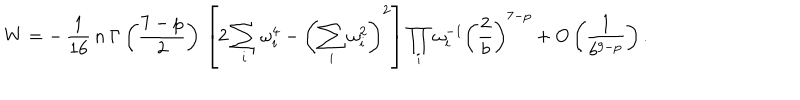
W = - \, \frac { 1 } { 1 6 } \, n \: \Gamma \left( \frac { 7 - p } { 2 } \right) \, \left[ 2 \sum _ { i } \omega _ { i } ^ { 4 } - \left( \sum _ { i } \omega _ { i } ^ { 2 } \right) ^ { 2 } \right] \prod _ { i } \omega _ { i } ^ { - 1 } \left( \frac { 2 } { b } \right) ^ { 7 - p } + O \left( \frac { 1 } { b ^ { 9 - p } } \right) .